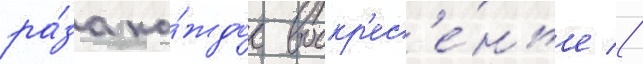
ра́за ка́ждое воскр'ес'е́нье //